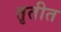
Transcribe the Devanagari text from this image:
तृतीत